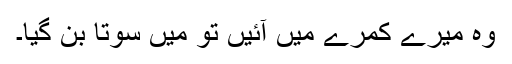
وہ میرے کمرے میں آئیں تو میں سوتا بن گیا۔